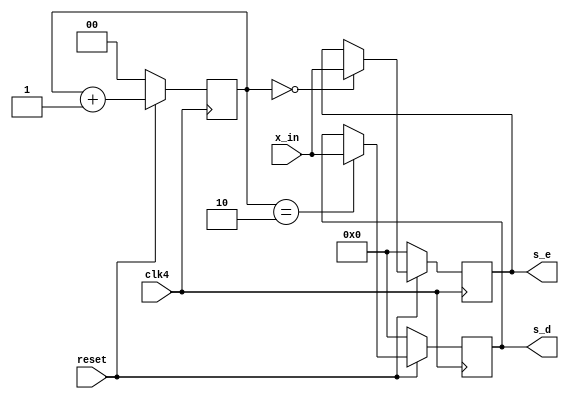
`timescale 1ns / 1ps
//////////////////////////////////////////////////////////////////////////////////
// Company: 
// Engineer: 
// 
// Design Name: 
// Module Name:    dearly_sub 
// Project Name: 
// Target Devices: 
// Tool versions: 
// Description: 
//
// Dependencies: 
//
// Revision: 
// Revision 0.01 - File Created
// Additional Comments: 
//
//////////////////////////////////////////////////////////////////////////////////
module dearly_sub(clk4, reset, x_in, s_d, s_e);
input clk4; //clk44
input reset;
input [15:0] x_in;
output [15:0] s_d, s_e;

reg [15:0] s_d, s_e;
reg [1:0] cnt;

//cnt=1,cnt=0cnt=1
always @(posedge clk4) begin
   if(!reset) begin
	   s_d <= 0;
		s_e <= 0;
		cnt <= 0;
	end
	else begin
		cnt <= cnt + 1;
		case(cnt)
		   2'b00: begin //
			   s_e <= x_in;
				s_d <= s_d;
			end
			2'b10: begin //
			   s_e <= s_e;
				s_d <= x_in;			
			end
			default: begin
			   s_e <= s_e;
				s_d <= s_d;			
			end
		endcase
	end
end

endmodule